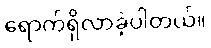
ရောက်ရှိလာခဲ့ပါတယ်။